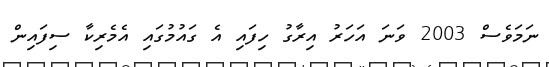
ނަމަވެސް 2003 ވަނަ އަހަރު އިރާގު ހިފައި އެ ގައުމުގައި އެމެރިކާ ސިފައިން